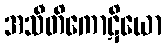
အသီတိကောဋိယော